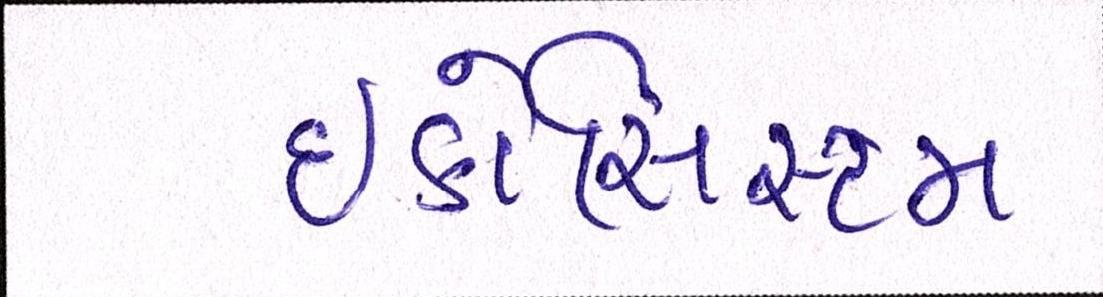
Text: ઇકોસિસ્ટમ